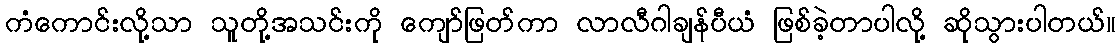
ကံကောင်းလို့သာ သူတို့အသင်းကို ကျော်ဖြတ်ကာ လာလီဂါချန်ပီယံ ဖြစ်ခဲ့တာပါလို့ ဆိုသွားပါတယ်။